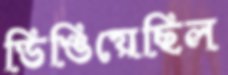
ডিঙিয়েছিল